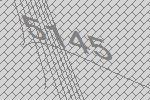
5145